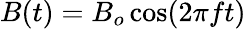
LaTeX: B(t)=B_{o}\cos(2\pi ft)